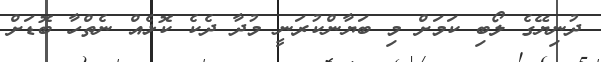
ދުނިޔޭގެ ލޯބި ކަމަށް މި ބަޔާންކުރަނީ މުދާ ދެކެ ކޮޅެއް ނެތްހާ ބޮޑަށް